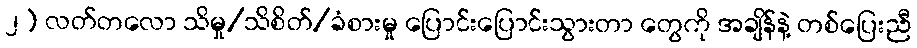
၂) လတ်တလော သိမှု/သိစိတ်/ခံစားမှု ပြောင်းပြောင်းသွားတာ တွေကို အချိန်နဲ့ တစ်ပြေးညီ